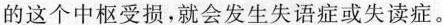
的这个中枢受损,就会发生失语症或失读症。